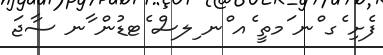
ފެށި ެގ ްނ ަމތީ ެއ ްނ ިލސް ެޓޑުން ާނ ސާޖަ